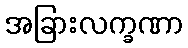
အခြားလက္ခဏာ